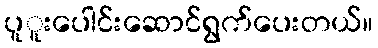
ပူူးပေါင်းဆောင်ရွက်ပေးတယ်။